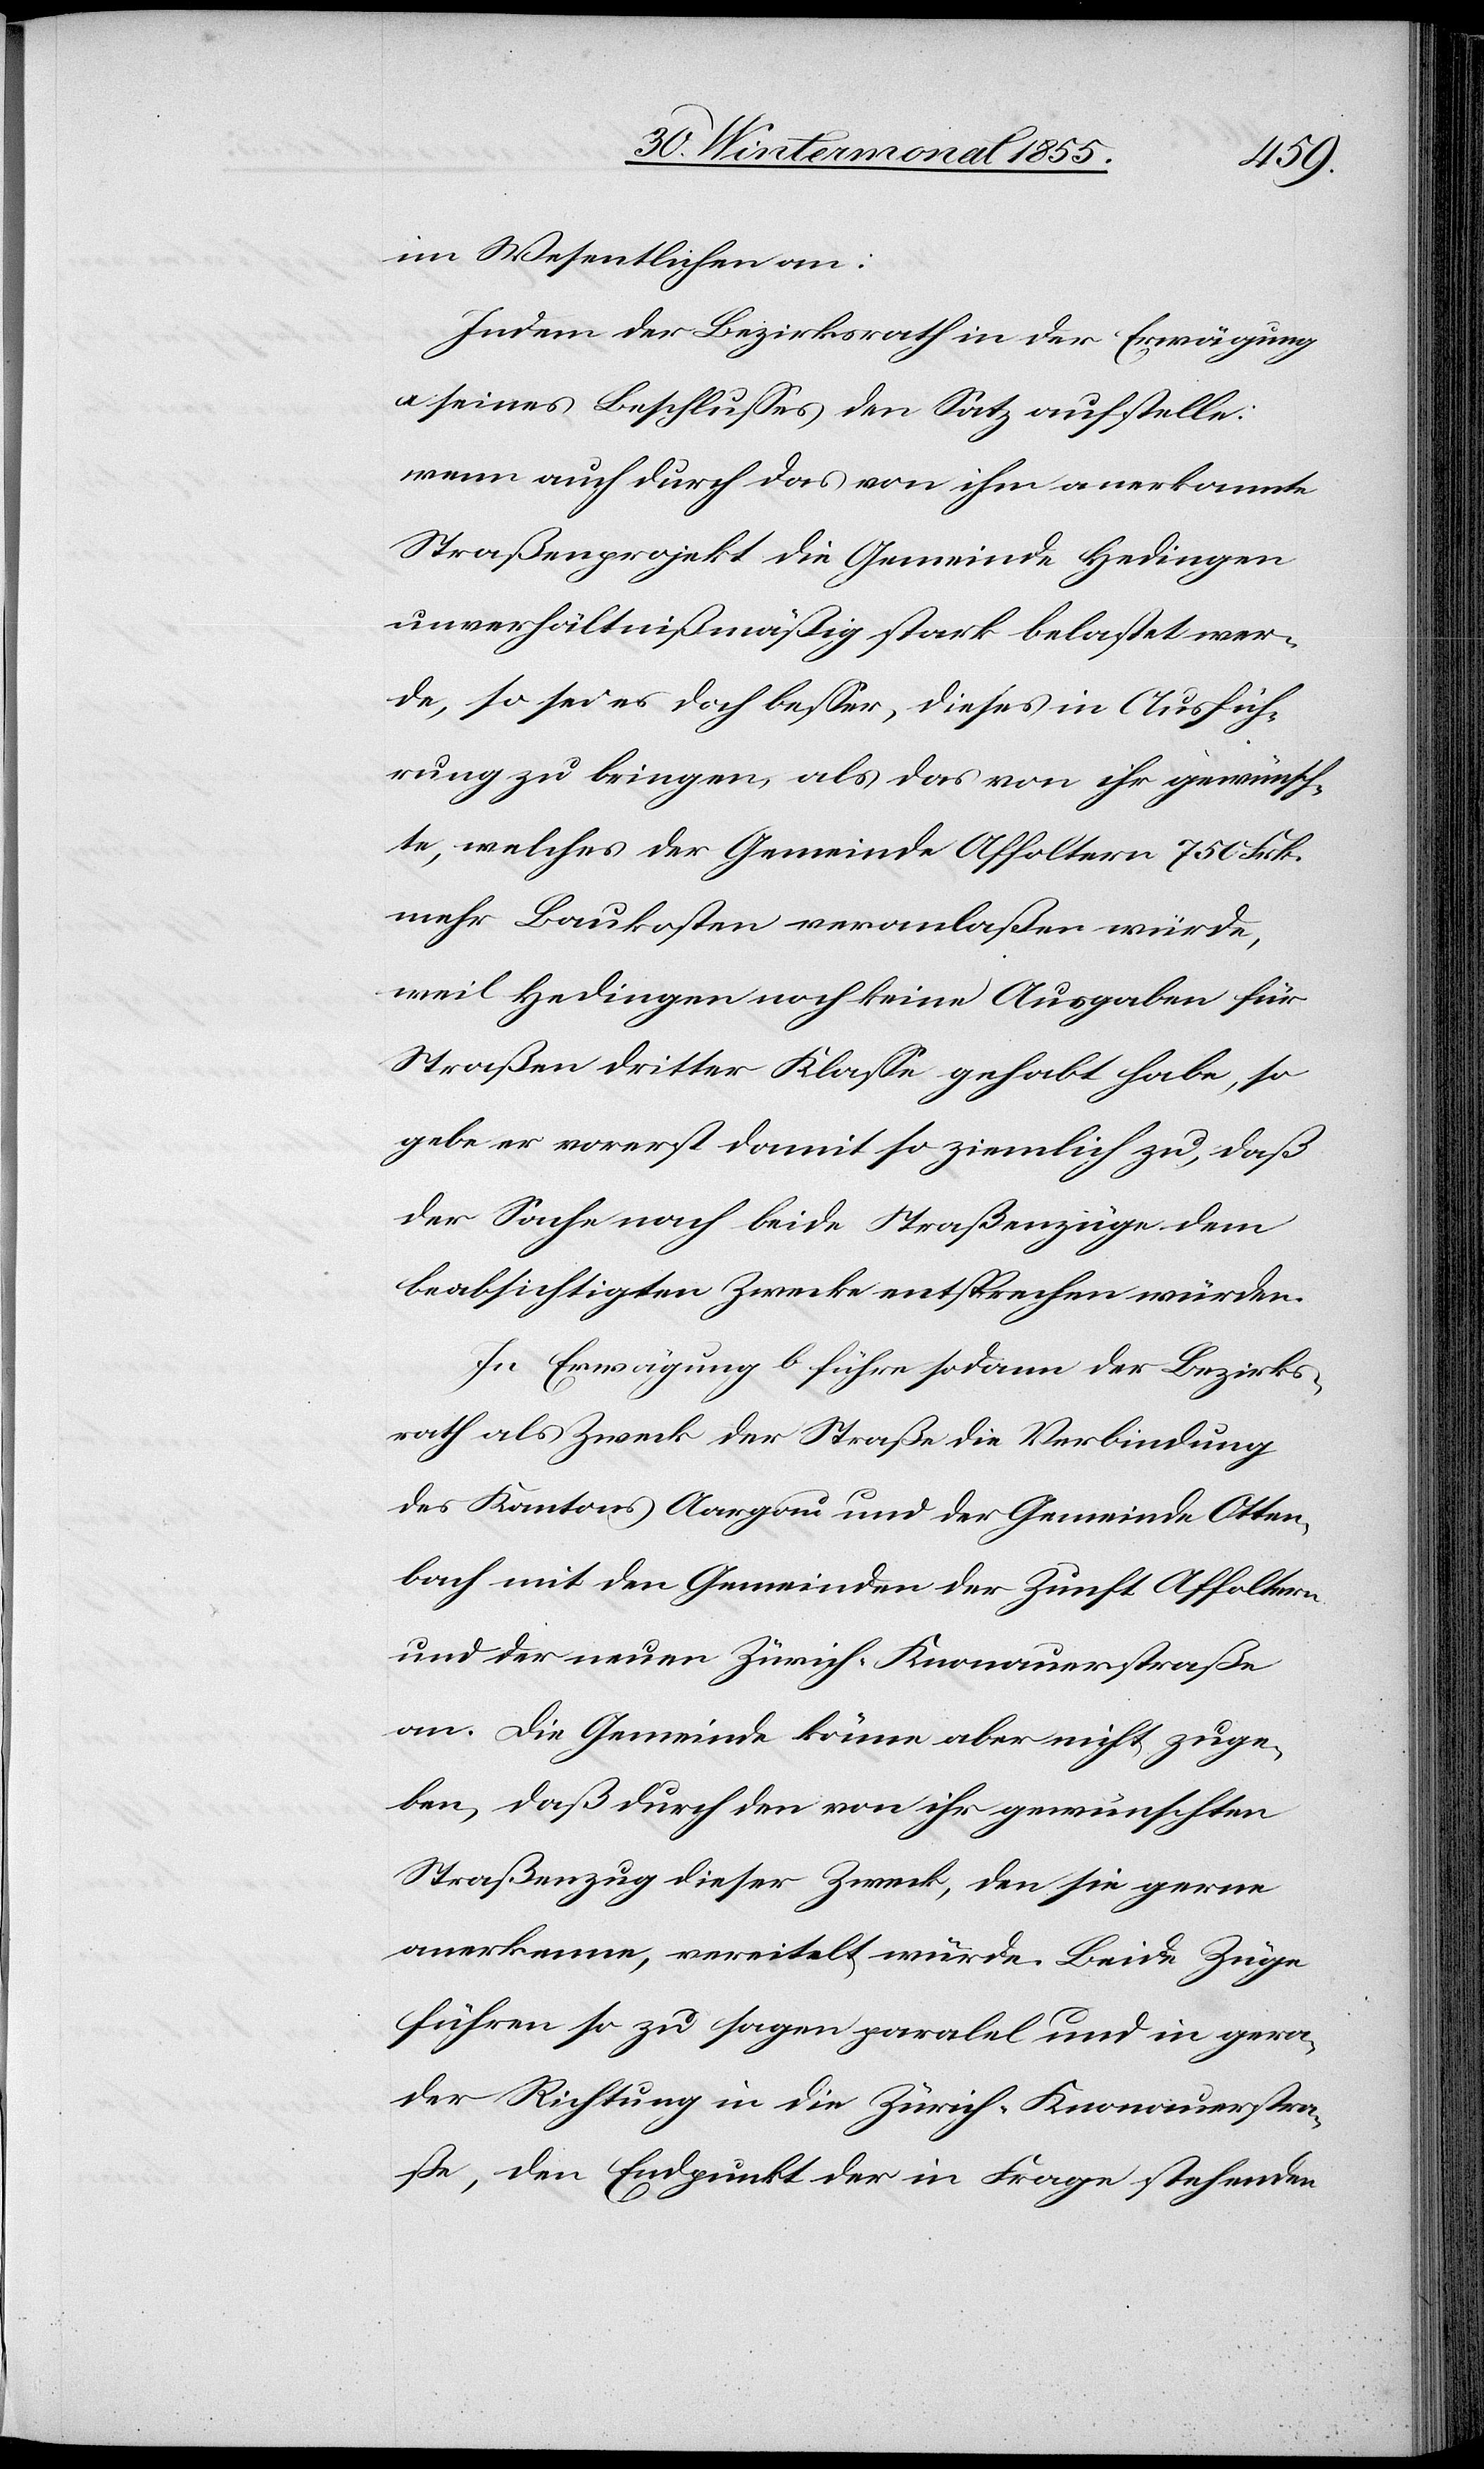
im Wesentlichen an:
Indem der Bezirksrath in der Erwägung
a seines Beschlusses den Satz aufstelle:
wenn auch durch das von ihm anerkannte
Straßenprojekt die Gemeinde Hedingen
unverhältnißmäßig stark belastet wer¬
de, so sei es doch besser, dieses in Ausfüh¬
rung zu bringen, als das von ihr gewünsch¬
te, welches der Gemeinde Affoltern 750 Frk.
mehr Baukosten veranlaßen würde,
weil Hedingen noch keine Ausgaben für
Straßen dritter Klasse gehabt habe, so
gebe er vorerst damit so ziemlich zu, daß
der Sache nach beide Straßenzüge dem
beabsichtigten Zwecke entsprechen würden.
In Erwägung b. führe sodann der Bezirks¬
rath als Zweck der Straße die Verbindung
des Kantons Aargau und der Gemeinde Otten¬
bach mit den Gemeinden der Zunft Affoltern
und der neuen Zürich-Knonauerstraße
an. Die Gemeinde könne aber nicht zuge¬
ben, daß durch den von ihr gewünschten
Straßenzug dieser Zweck, den sie gerne
anerkenne, vereitelt würde. Beide Züge
führen so zu sagen paral[l]el und in gera¬
der Richtung in die Zürich-Knonauerstra¬
ße, den Endpunkt der in Frage stehenden